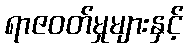
ရာဇဝတ်မှုများနှင့်